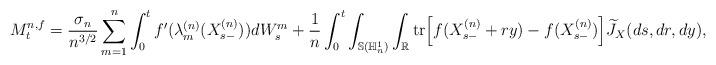
LaTeX: \begin{align*}M_{t}^{n,f} & ={\frac{\sigma_{n}}{n^{3/2}}\sum_{m=1}^{n}\int_{0}^{t}f^{\prime}(\lambda_{m}^{(n)}(X_{s-}^{(n)}))dW_{s}^{m}} + \frac{1}{n}\int_{0}^{t}\int_{\mathbb{S}(\mathbb{H}_{n}^{1})}\int_{\mathbb{R}}\mathrm{tr}\Big [f(X_{s-}^{(n)}+ry)-f(X_{s-}^{(n)})\Big ]\widetilde {J}_{X}(ds,dr,dy),\end{align*}